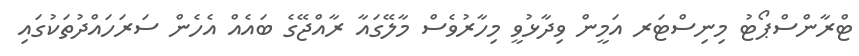
ޓްރާންސްޕޯޓު މިނިސްޓަރ އަމީން ވިދާޅުވީ މިހާރުވެސް މާލޭގައާ ރާއްޖޭގެ ބައެއް އެހެން ސަރަހައްދުތަކުގައި